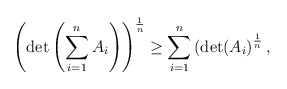
\begin{align*} \left( \det \left( \sum_{i=1}^n A_i \right) \right) ^\frac{1}{n} \geq \sum_{i=1}^n \left(\det(A_i\right)^\frac{1}{n},\end{align*}